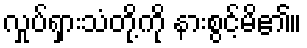
လှုပ်ရှားသံတို့ကို နားစွင့်မိ၏။